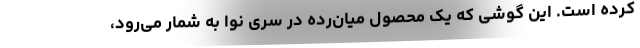
کرده است. این گوشی که یک محصول میان‌رده در سری نوا به شمار می‌رود،